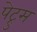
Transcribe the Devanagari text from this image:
पेट्रुस